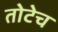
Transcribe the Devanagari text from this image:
तोटेच